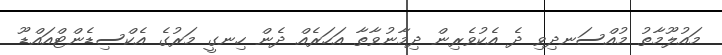
މައުލޫމާތު މުއްސަނދިވި ދެ އެކުވެރިން ދިމާނުވާތާ އަހަރެއް ދެން ހިނގީ މަރުގެ އެކްސިޑެންޓްއައްޑޫ